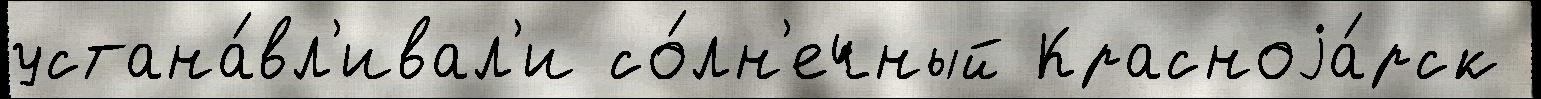
устана́вл'ивал'и со́лн'ечный Красноjа́рск